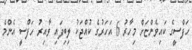
ހަފްސީގެ ކައިވެންޏަށް މިހާރު 6 އަހަރުގެ ކުއްޖަކު ލިބިފައި ވާއިރު ހަފްސީ އެންމެ